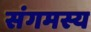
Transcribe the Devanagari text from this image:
संगमस्य